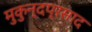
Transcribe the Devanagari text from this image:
मुकुन्दप्रसाद